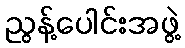
ညွန့်ပေါင်းအဖွဲ့